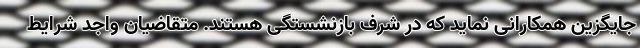
جایگزین همکارانی نماید که در شرف بازنشستگی هستند. متقاضیان واجد شرایط